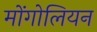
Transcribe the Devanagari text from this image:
मोंगोलियन